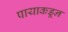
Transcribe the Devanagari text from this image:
पायाकडून